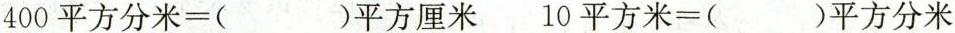
$$400平方分米=( )平方厘米$$ $$10平方米=( ) 平方分米$$